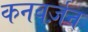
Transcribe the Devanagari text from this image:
कनवर्ज़न